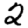
Digit: 2